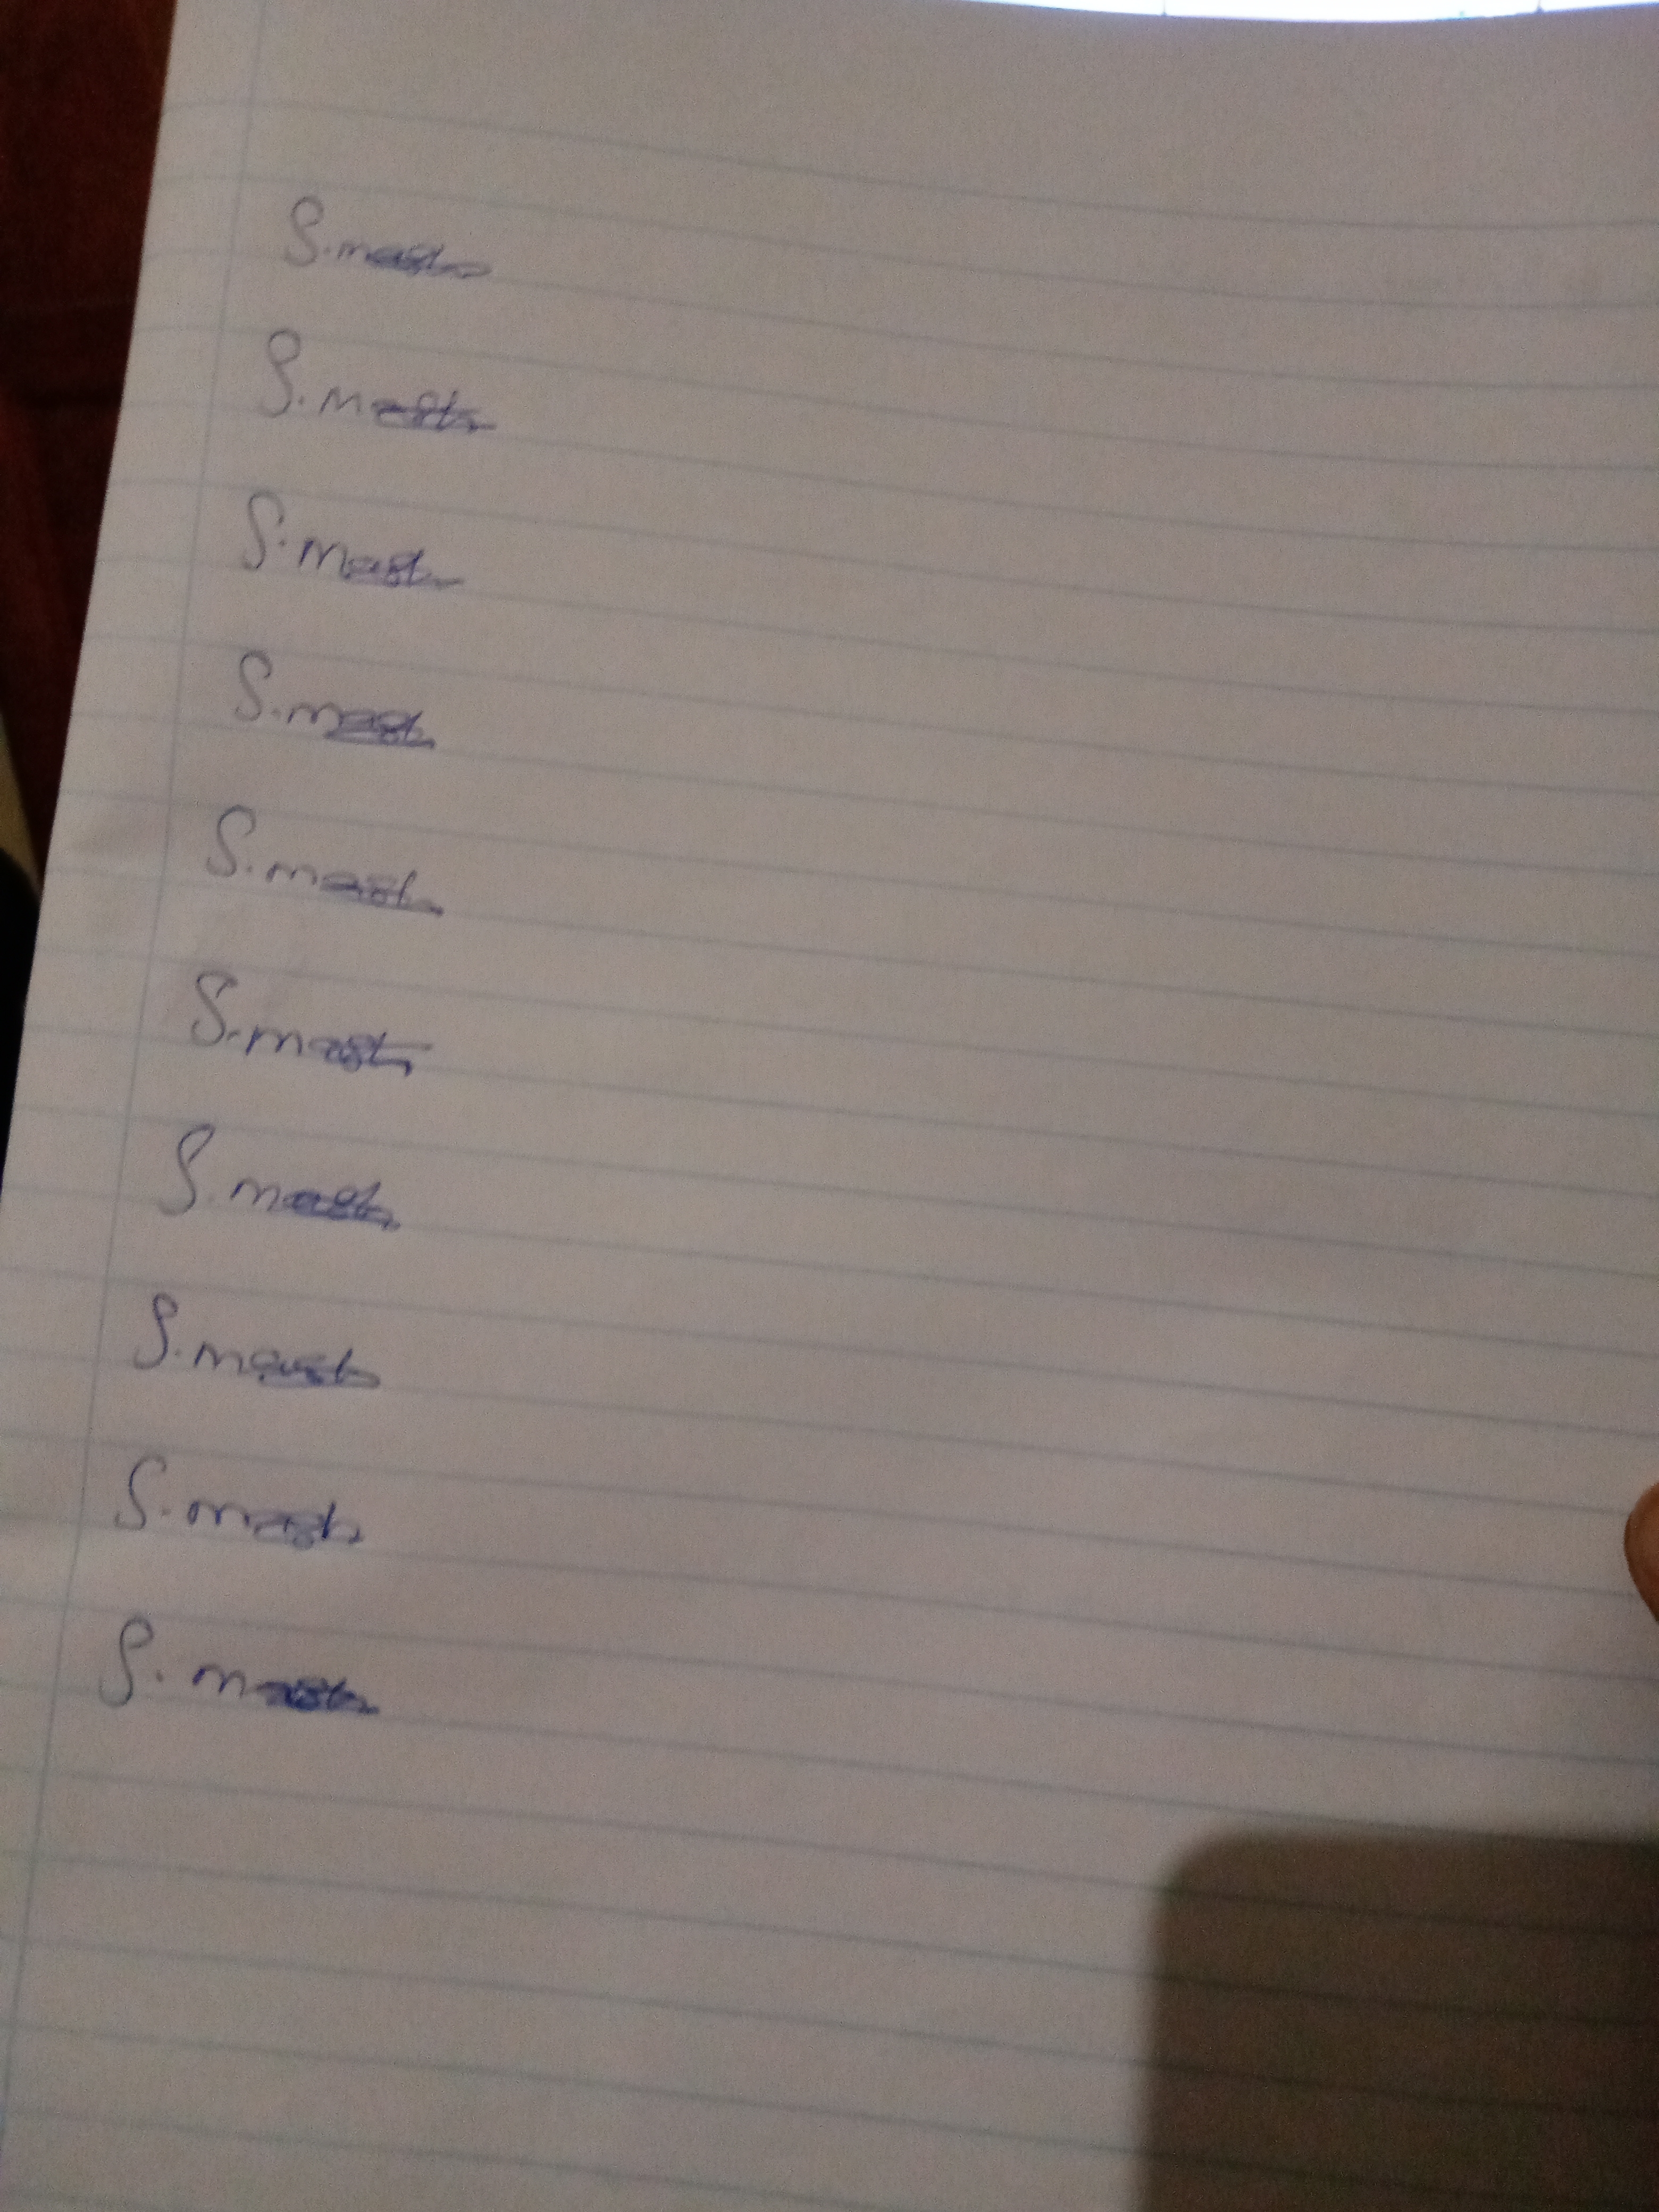
Signature authenticity: genuine